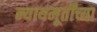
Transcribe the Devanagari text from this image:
न्यायमूर्तींच्या